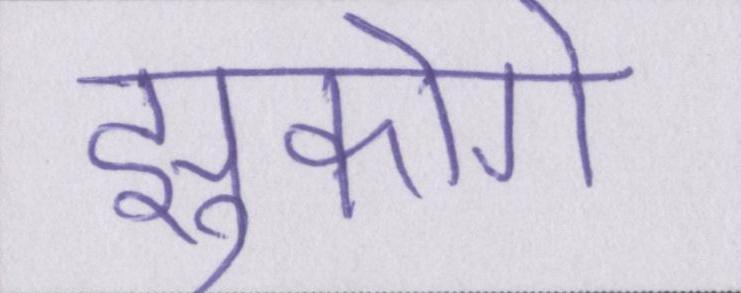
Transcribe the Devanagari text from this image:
झुकोगे